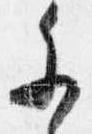
参